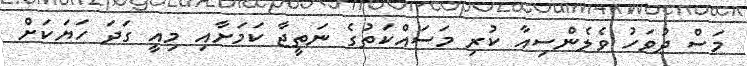
މަސް ދުވަހު ވެލެންސިއާ ކުރި މަސައްކަތުގެ ނަތީޖާ ކަމަށާއި މިއީ ގަދަ ހަޔަކަށް